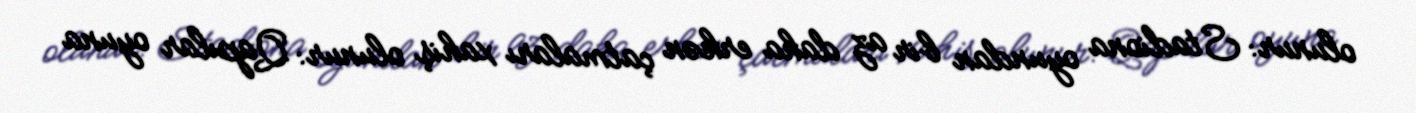
olunur: Stadiona oyundan bir az daha erkən çatmaları xahiş olunur: Qapılar oyuna